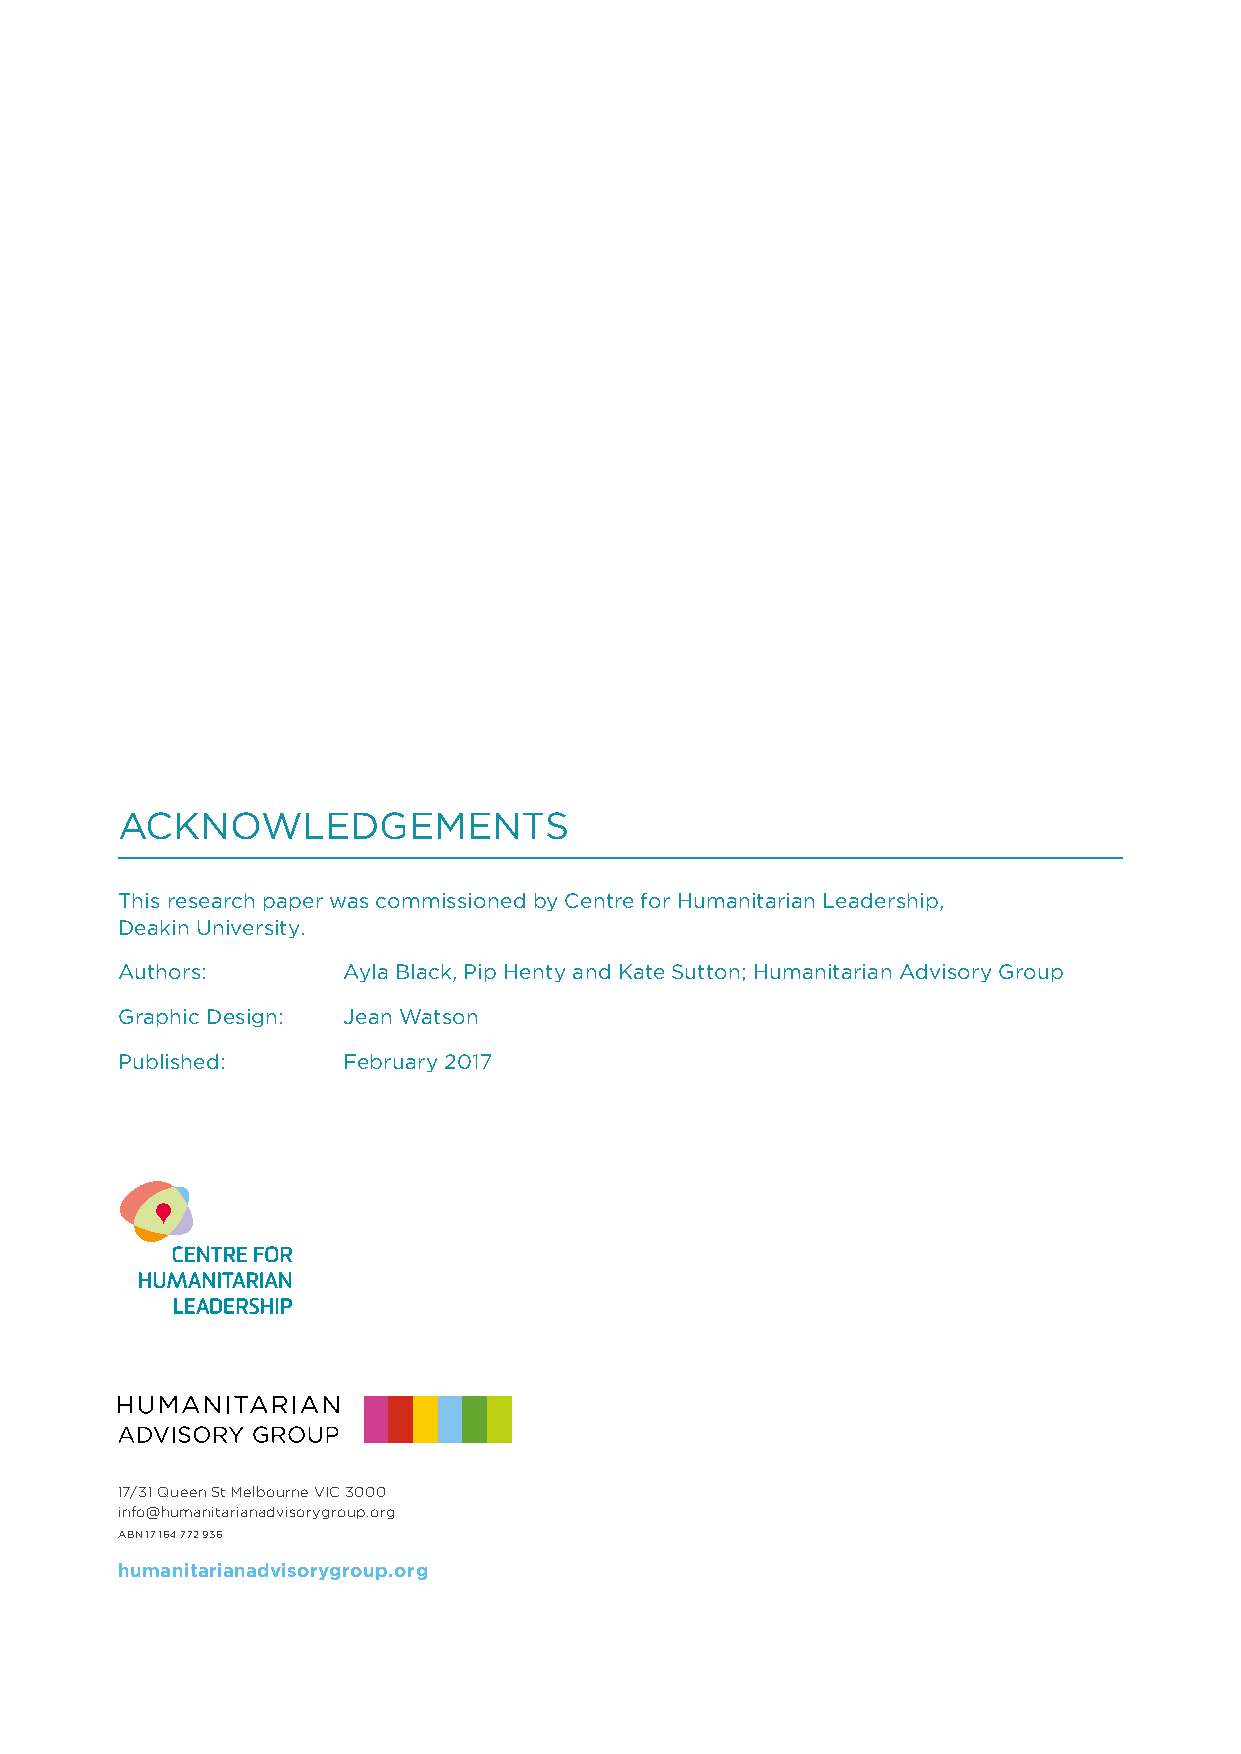
ACKNOWLEDGEMENTS
 This research paper was commissioned by Centre for Humanitarian Leadership,
 Deakin University.
 Authors:       Ayla Black, Pip Henty and Kate Sutton; Humanitarian Advisory Group
 Graphic Design: Jean Watson
 Published:     February 2017
 17/31 Queen St Melbourne VIC 3000
 info@humanitarianadvisorygroup.org
 ABN 17 164 772 936
 humanitarianadvisorygroup.org